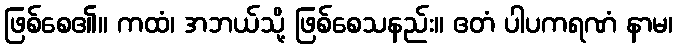
ဖြစ်စေ၏။ ကထံ၊ အဘယ်သို့ ဖြစ်စေသနည်း။ ဧတံ ပါပကရဏံ နာမ၊